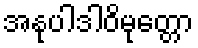
အနုပါဒါဝိမုတ္တော